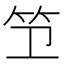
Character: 𫁱